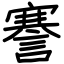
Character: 謇